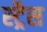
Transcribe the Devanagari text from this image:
स्ट्रैस